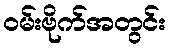
ဝမ်းဗိုက်အတွင်း